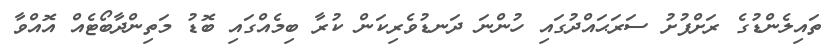
ތައިލެންޑުގެ ރަށްފުށު ސަރަޙައްދުގައި ހުންނަ ދަނޑުވެރިކަން ކުރާ ބިމެއްގައި ބޮޑު މަތިންދާބޯޓެއް އޮއްވާ